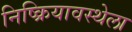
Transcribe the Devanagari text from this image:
निष्क्रियावस्थेला